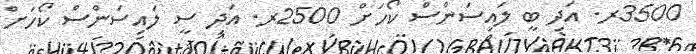
3500ރ. އަދި ބީ ލައިސަންސް ކޯހަށް 2500ރ. އަދި ސީ ލައިސަންސް ކޯހަށް